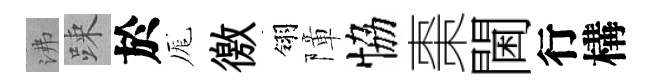
沸踈於厖徼翎障恊棗閫行構